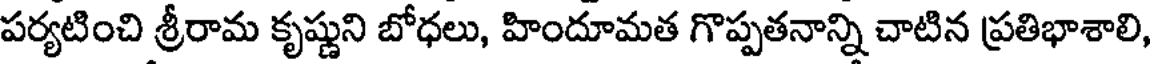
పర్యటించి శ్రీరామ కృష్ణుని బోధలు, హిందూమత గొప్పతనాన్ని చాటిన ప్రతిభాశాలి,